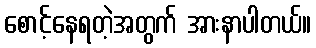
စောင့်နေရတဲ့အတွက် အားနာပါတယ်။